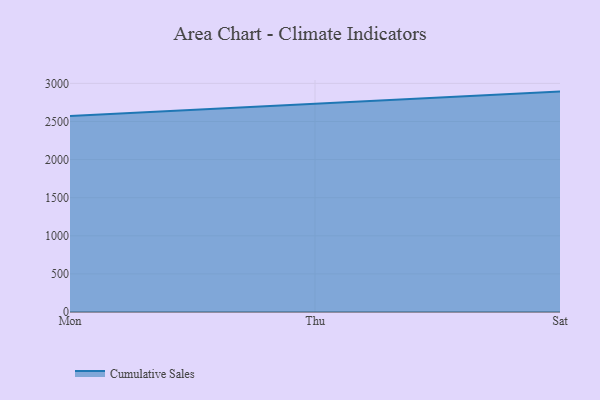
{"axis": {"x": "Day", "y": "Latency (ms)"}, "legend": ["Cumulative Sales"], "data": [{"x": "Mon", "y": 2572.7, "type": "Cumulative Sales"}, {"x": "Thu", "y": 2730.9, "type": "Cumulative Sales"}, {"x": "Sat", "y": 2892.2, "type": "Cumulative Sales"}]}